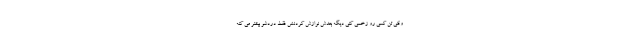
وقتی تن کسی رو زخمی کنی دیگه بعدش نوازش کردنش فقط دردشو بیشتر می کنه